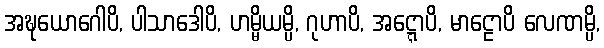
အဍ္ဎယောဂေါပိ, ပါသာဒေါပိ, ဟမ္မိယမ္ပိ, ဂုဟာပိ, အဋ္ဋောပိ, မာဠောပိ လေဏမ္ပိ,